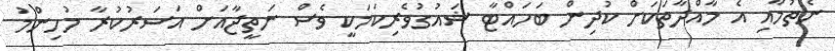
ނެތުމާއި އެ މާއްދާތަކަށް ކުދިން ބަހައްޓާ ޝައުގުވެރިކަމަކީ ވެސް ނަތީޖާއަށް އަސަރުކުރާ މުހިންމު